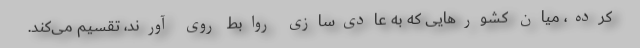
کرده، میان کشورهایی که به عادی‌سازی روابط روی آورند، تقسیم می‌کند.